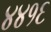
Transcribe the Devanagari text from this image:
४४१६